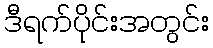
ဒီရက်ပိုင်းအတွင်း